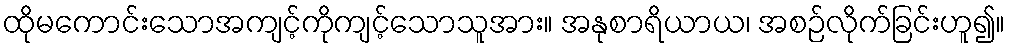
ထိုမကောင်းသောအကျင့်ကိုကျင့်သောသူအား။ အနုစာရိယာယ၊ အစဉ်လိုက်ခြင်းဟူ၍။